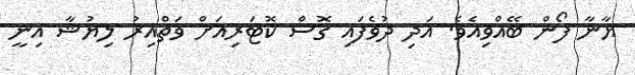
ޔާނާ ފޯން ބޭއްވިއެވެ. އަދި ދުވެފައި ގޮސް ކޮޓަރިއަށް ވަތްއިރު ލިޔުޝާ އިނީ